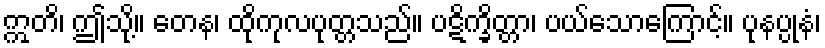
ဣတိ၊ ဤသို့။ တေန၊ ထိုကုလပုတ္တသည်။ ပဋိက္ခိတ္တာ၊ ပယ်သောကြောင့်။ ပုနပ္ပုနံ၊